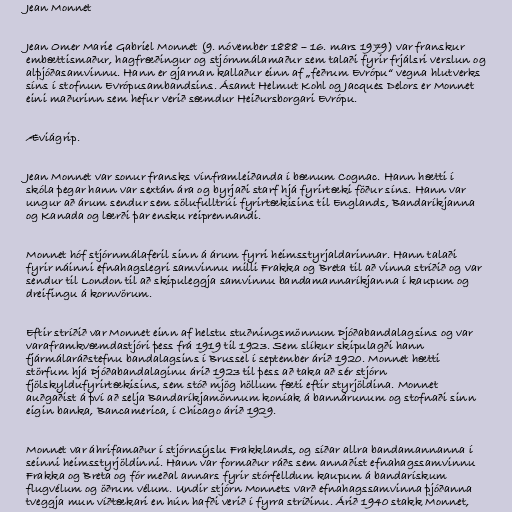
Jean Monnet

Jean Omer Marie Gabriel Monnet (9. nóvember 1888 – 16. mars 1979) var franskur
embættismaður, hagfræðingur og stjórnmálamaður sem talaði fyrir frjálsri verslun og
alþjóðasamvinnu. Hann er gjarnan kallaður einn af „feðrum Evrópu“ vegna hlutverks
síns í stofnun Evrópusambandsins. Ásamt Helmut Kohl og Jacques Delors er Monnet
eini maðurinn sem hefur verið sæmdur Heiðursborgari Evrópu.

Æviágrip.

Jean Monnet var sonur fransks vínframleiðanda í bænum Cognac. Hann hætti í
skóla þegar hann var sextán ára og byrjaði starf hjá fyrirtæki föður síns. Hann var
ungur að árum sendur sem sölufulltrúi fyrirtækisins til Englands, Bandaríkjanna
og Kanada og lærði þar ensku reiprennandi.

Monnet hóf stjórnmálaferil sinn á árum fyrri heimsstyrjaldarinnar. Hann talaði
fyrir náinni efnahagslegri samvinnu milli Frakka og Breta til að vinna stríðið og var
sendur til London til að skipuleggja samvinnu bandamannaríkjanna í kaupum og
dreifingu á kornvörum.

Eftir stríðið var Monnet einn af helstu stuðningsmönnum Þjóðabandalagsins og var
varaframkvæmdastjóri þess frá 1919 til 1923. Sem slíkur skipulagði hann
fjármálaráðstefnu bandalagsins í Brussel í september árið 1920. Monnet hætti
störfum hjá Þjóðabandalaginu árið 1923 til þess að taka að sér stjórn
fjölskyldufyrirtækisins, sem stóð mjög höllum fæti eftir styrjöldina. Monnet
auðgaðist á því að selja Bandaríkjamönnum koníak á bannárunum og stofnaði sinn
eigin banka, Bancamerica, í Chicago árið 1929.

Monnet var áhrifamaður í stjórnsýslu Frakklands, og síðar allra bandamannanna í
seinni heimsstyrjöldinni. Hann var formaður ráðs sem annaðist efnahagssamvinnu
Frakka og Breta og fór meðal annars fyrir stórfelldum kaupum á bandarískum
flugvélum og öðrum vélum. Undir stjórn Monnets varð efnahagssamvinna þjóðanna
tveggja mun víðtækari en hún hafði verið í fyrra stríðinu. Árið 1940 stakk Monnet,